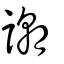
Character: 謿